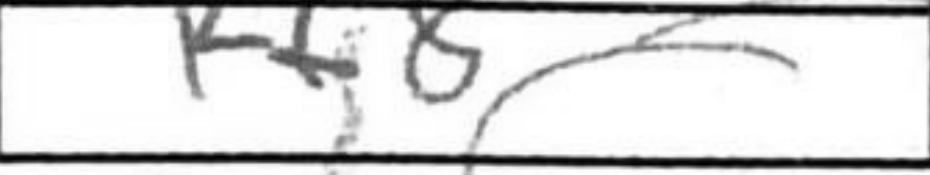
Transcription: Kf8